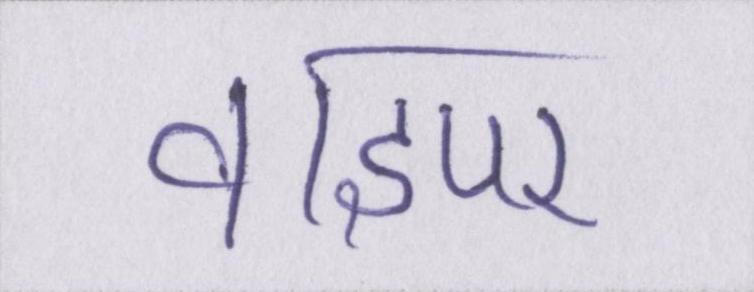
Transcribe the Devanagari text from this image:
वाइपर